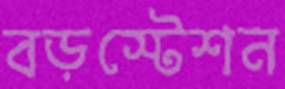
বড়স্টেশন